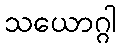
သယောဂ္ဂါ